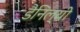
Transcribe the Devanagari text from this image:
डैनिल्यी